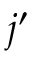
j ^ { \prime }